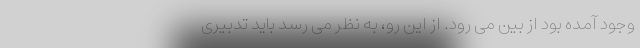
وجود آمده بود از بین می رود. از این رو، به نظر می رسد باید تدبیری